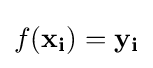
f(\mathbf {x_{i}} )=\mathbf {y_{i}}